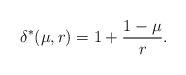
LaTeX: \begin{align*}&\delta^*(\mu,r) = 1 + \frac{1-\mu}{r}.\end{align*}